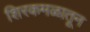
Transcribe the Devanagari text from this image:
शिरकमळातून